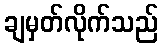
ချမှတ်လိုက်သည်